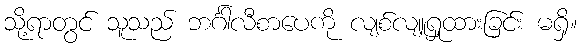
သို့ရာတွင် သူသည် ဘင်္ဂါလီစာပေကို လျစ်လျူရှုထားခြင်း မရှိ။